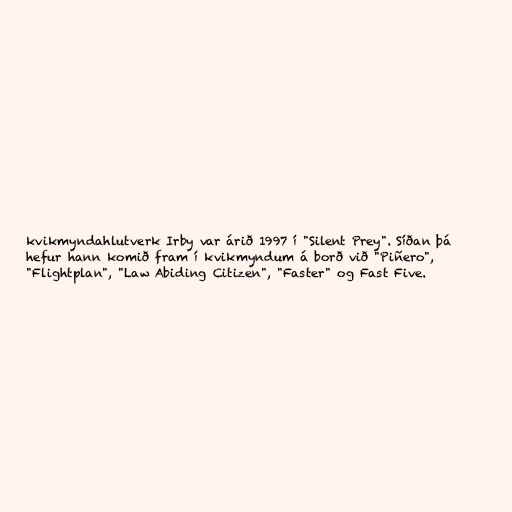
kvikmyndahlutverk Irby var árið 1997 í "Silent Prey". Síðan þá
hefur hann komið fram í kvikmyndum á borð við "Piñero",
"Flightplan", "Law Abiding Citizen", "Faster" og Fast Five.